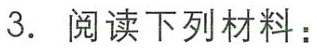
3. 阅读下列材料：